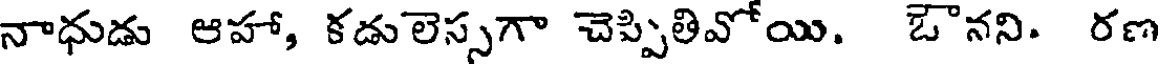
నాధుడు ఆహా, కడులెస్సగా చెప్పితివోయి. ఔనని. రణ